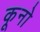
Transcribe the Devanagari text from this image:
कूनो